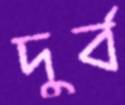
দুর্ব